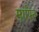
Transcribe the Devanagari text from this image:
मापिन